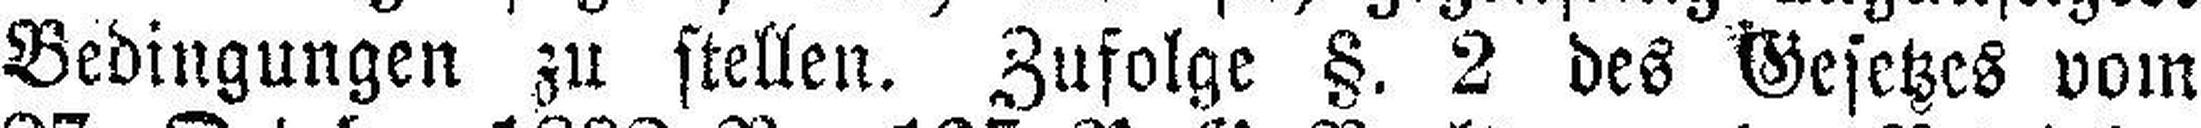
Bedingungen zu stellen. Zufolge §. 2 des Gesetzes vom